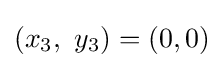
(x_{3},\ y_{3})=(0,0)